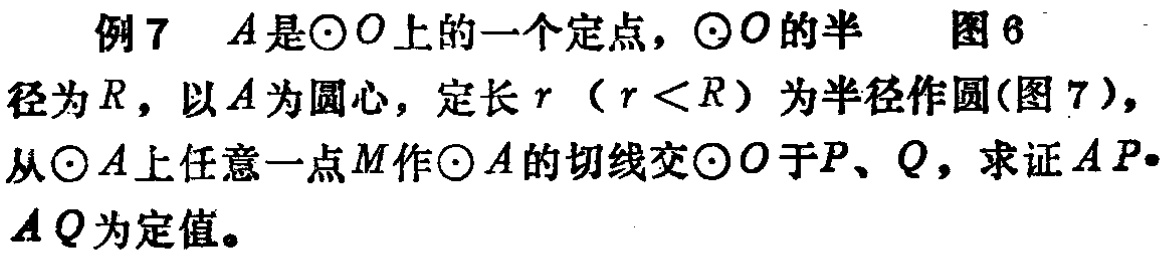
例7 \(A\)是\(\odot O\)上的一个定点，\(\odot O\)的半 图6
径为\(R\)，以\(A\)为圆心，定长\(r\)（\(r < R\)）为半径作圆(图7)，
从\(\odot A\)上任意一点\(M\)作\(\odot A\)的切线交\(\odot O\)于\(P、Q\)，求证\(AP\cdot AQ\)为定值。